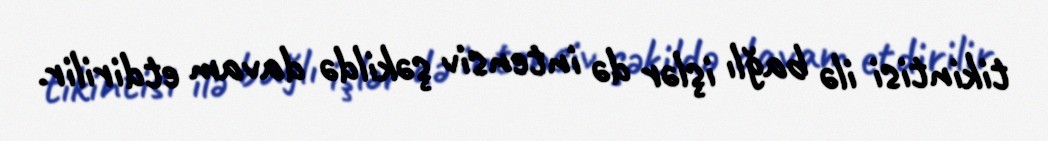
tikintisi ilə bağlı işlər də intensiv şəkildə davam etdirilir.